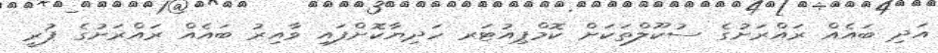
އަދި ބައެއް ރައްރަށުގެ ސުކޫލްތަކަށް ކޮމްޕިއުޓަރ ހަދިޔާކޮށްފައި ވާއިރު ބައެއް ރައްރަށުގެ ޕުރީ